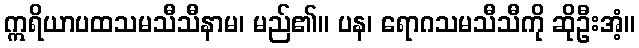
ဣရိယာပထသမသီသီနာမ၊ မည်၏။ ပန၊ ရောဂသမသီသီကို ဆိုဦးအံ့။